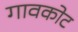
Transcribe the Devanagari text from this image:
गावकोट